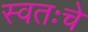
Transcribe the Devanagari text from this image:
स्वतःचे